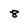
Character: 8